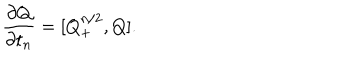
LaTeX: \frac { \partial Q } { \partial t _ { n } } = [ Q _ { + } ^ { n / 2 } , Q ] .